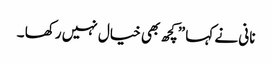
نانی نے کہا ”کچھ بھی خیال نہیں رکھا ۔